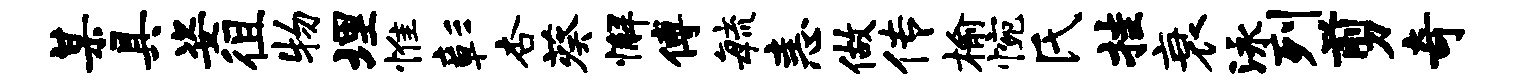
某具姿徂物埋惟彰杏葵懈傅敏恚做传榆惋氏挂衰泳列剪奇